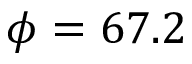
\phi = 6 7 . 2